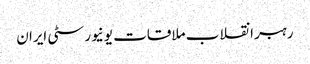
رہبر انقلاب ملاقات یونیورسٹی ایران